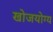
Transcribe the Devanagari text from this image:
खोजयोग्य